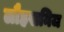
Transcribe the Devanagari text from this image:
लौहखनिज